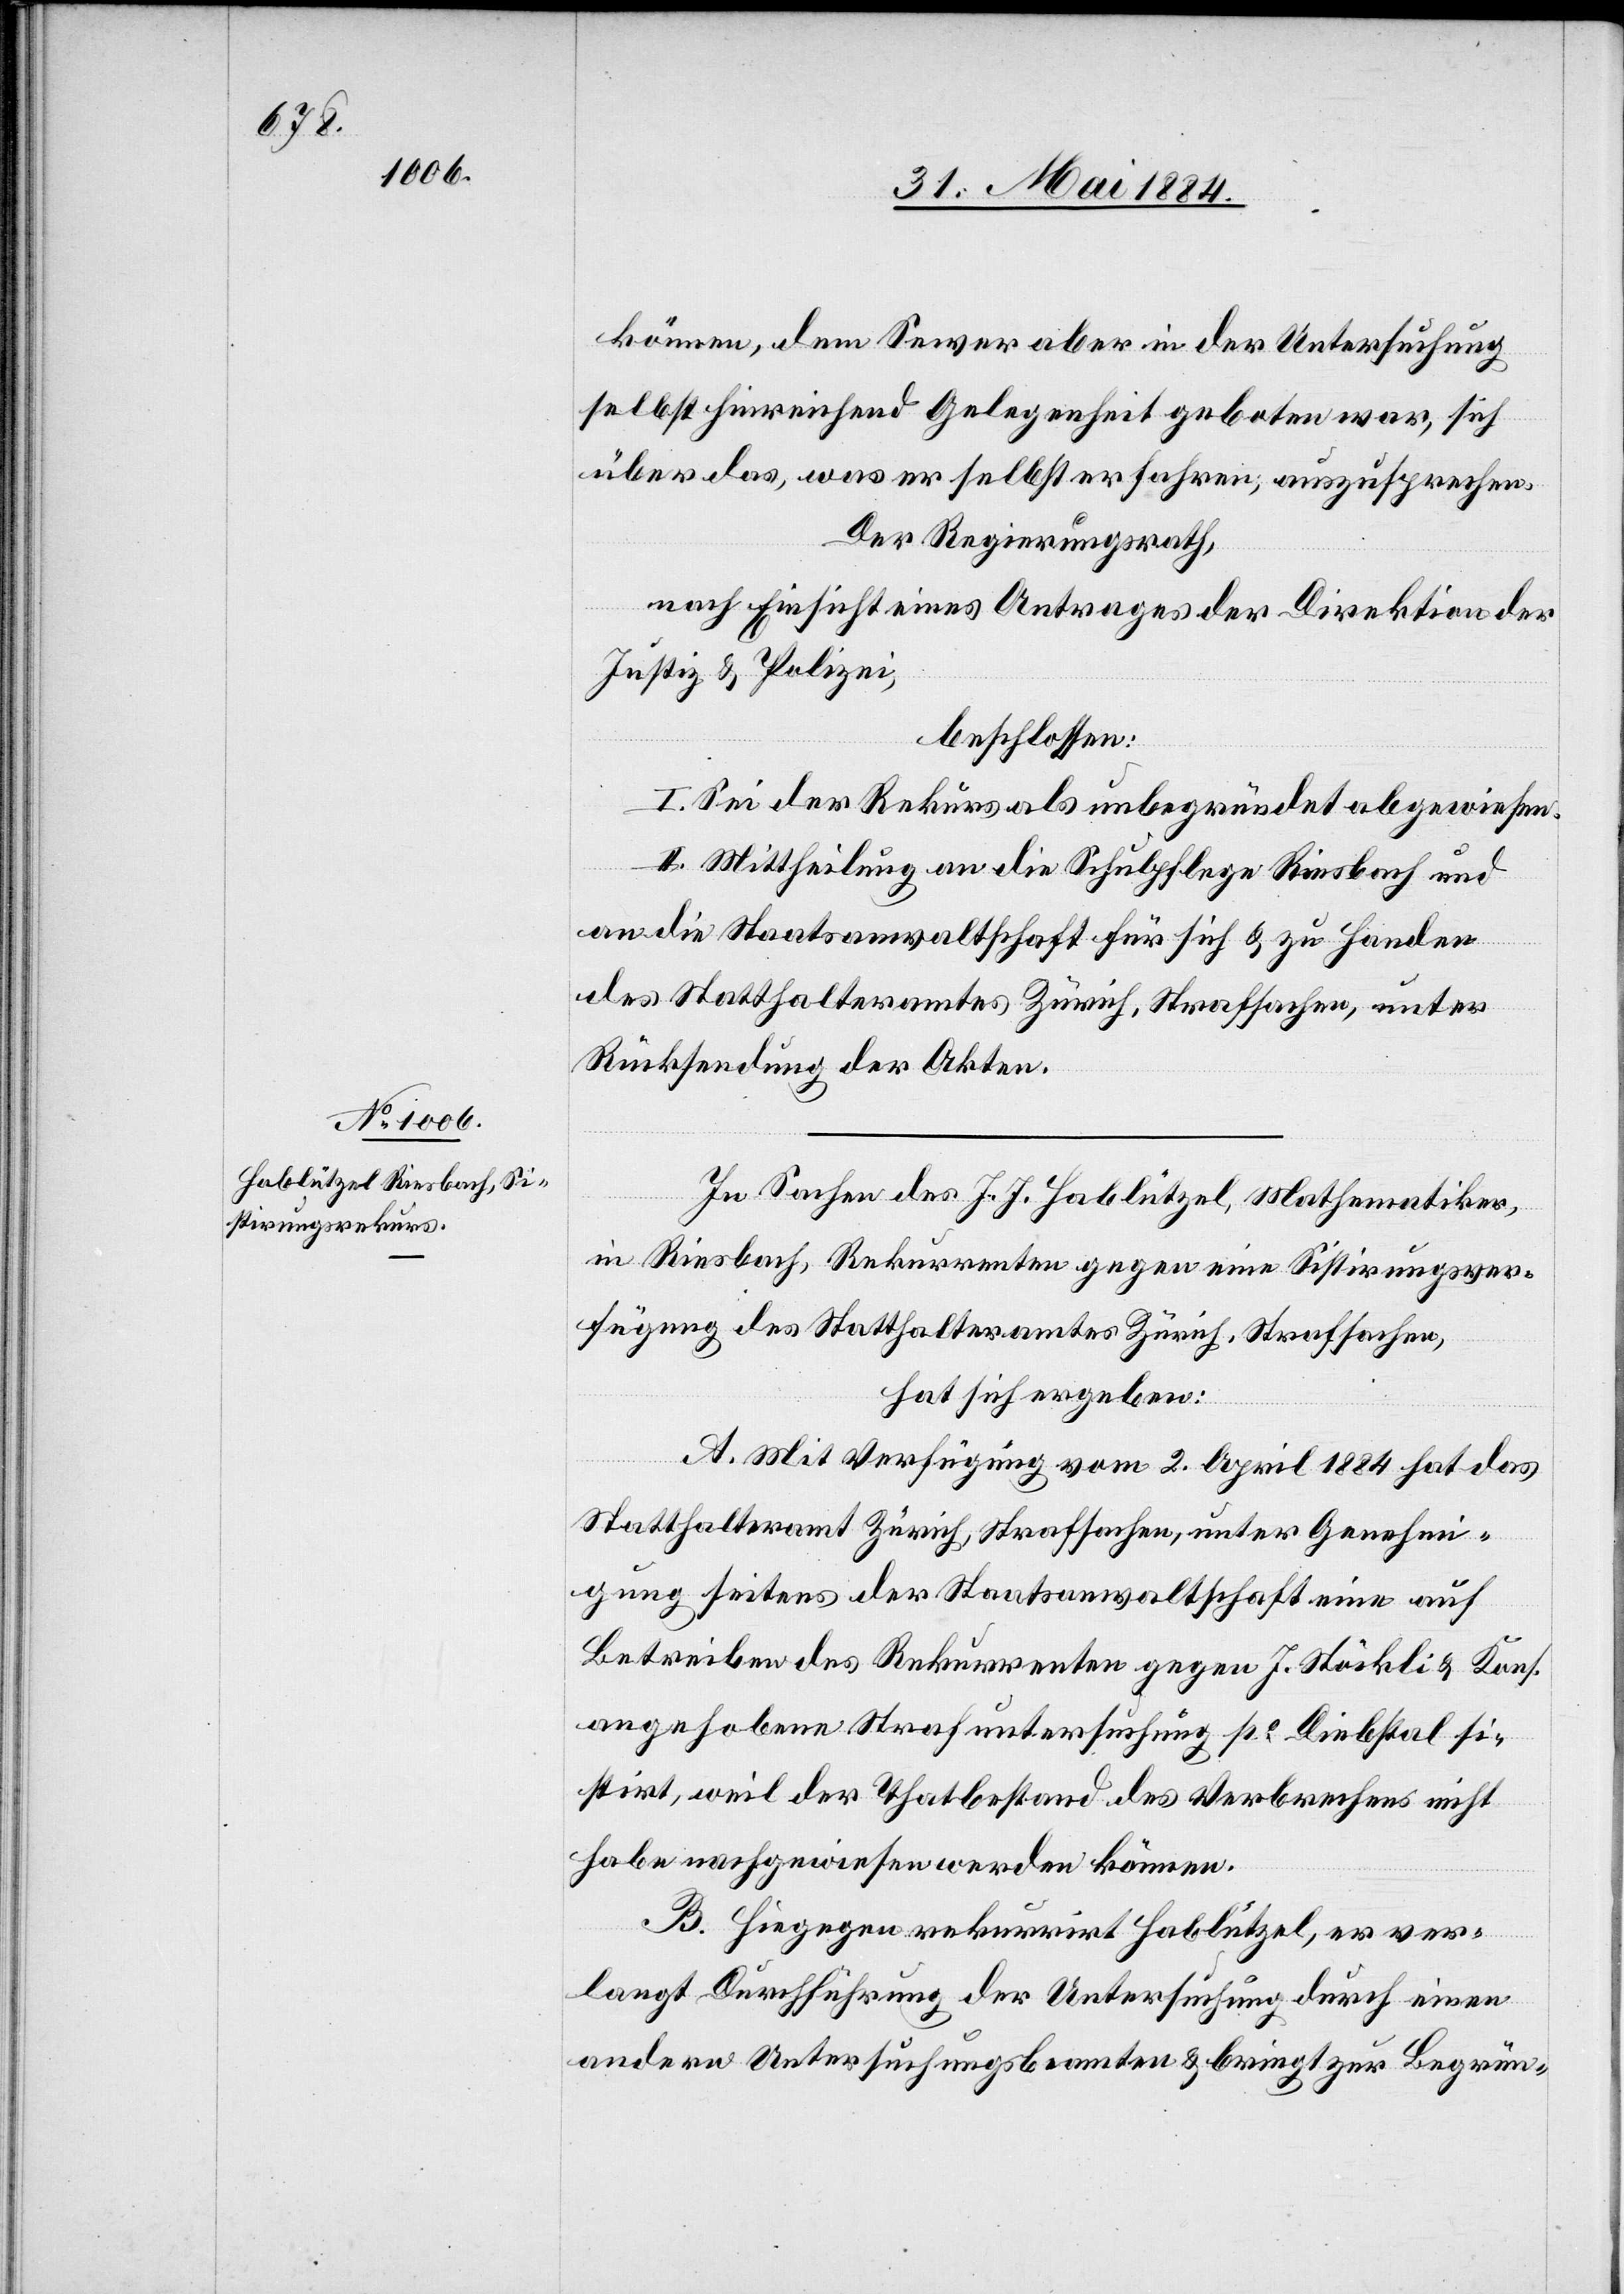
können, dem Sewer aber in der Untersuchung
selbst hinreichend Gelegenheit geboten war, sich
über das, was er selbst erfahren, auszusprechen.
Der Regierungsrath,
nach Einsicht eines Antrages der Direktion der
Justiz- & Polizei,
beschlossen:
I. Sei der Rekurs als unbegründet abgewiesen.
II. Mittheilung an die Schulpflege Riesbach und
an die Staatsanwaltschaft für sich & zu Handen
des Statthalteramtes Zürich, Strafsachen, unter
Rücksendung der Akten.
In Sachen des J. J. Hablützel, Mathematiker,
in Riesbach, Rekurrenten gegen eine Sistirungsver¬
fügung des Statthalteramtes Zürich, Strafsachen,
hat sich ergeben:
A. Mit Verfügung vom 2. April 1884 hat das
Statthalteramt Zürich, Strafsachen, unter Genehmi¬
gung seitens der Staatsanwaltschaft eine auf
Betreiben des Rekurrenten gegen J. Stöckli & Kons.
angehobene Strafuntersuchung po Diebstal si¬
stirt, weil der Thatbestand des Verbrechens nicht
habe nachgewiesen werden können.
B. Hiegegen rekurrirt Hablützel, er ver¬
langt Durchführung der Untersuchung durch einen
andern Untersuchungsbeamten & bringt zur Begrün-